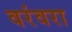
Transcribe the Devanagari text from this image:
वरंवरा